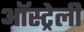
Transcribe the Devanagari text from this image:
ऑस्ट्रेली